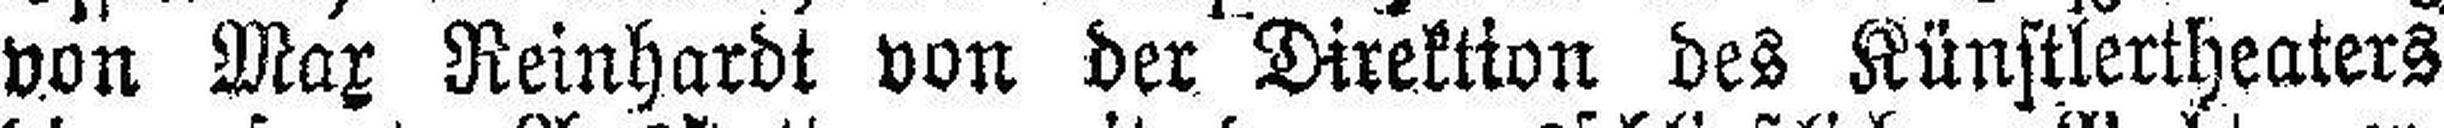
von Max Reinhardt von der Direktion des Künstlertheaters